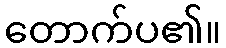
တောက်ပ၏။